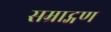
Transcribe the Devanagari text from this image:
सम्राट्गण